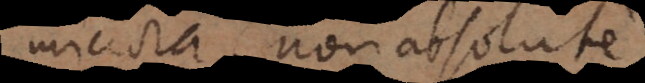
minora, non absolute,